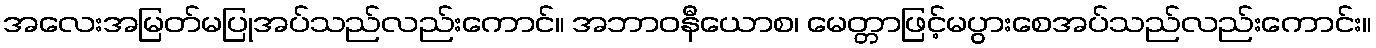
အလေးအမြတ်မပြုအပ်သည်လည်းကောင်။ အဘာဝနီယောစ၊ မေတ္တာဖြင့်မပွားစေအပ်သည်လည်းကောင်း။